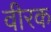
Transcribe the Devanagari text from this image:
वीरक